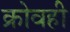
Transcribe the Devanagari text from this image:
क्रोवही